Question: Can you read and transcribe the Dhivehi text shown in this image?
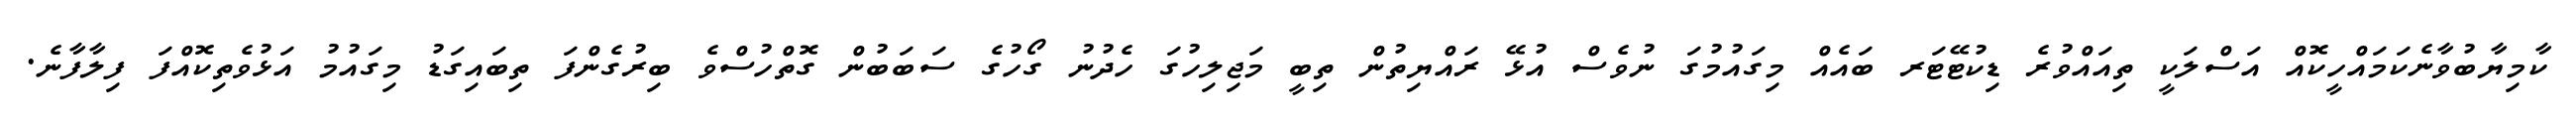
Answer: ކާމިޔާބުވާނެކަމައްހީކޮއް އަސްލަކީ ތިއައްވުރެ ޑިކުޓޭޓަރ ބައެއް މިގައުމުގަ ނުވެސް އުޅޭ ރައްޔިތުން ތިބީ މަޖިލިހުގަ ހެދުނު ގޯހުގެ ސަބަބުން ގޮތްހުސްވެ ބިރުގެންފަ ތިބައިގަޑު މިގައުމު އަޅުވެތިކޮއްފަ ފިލާފާނެ.